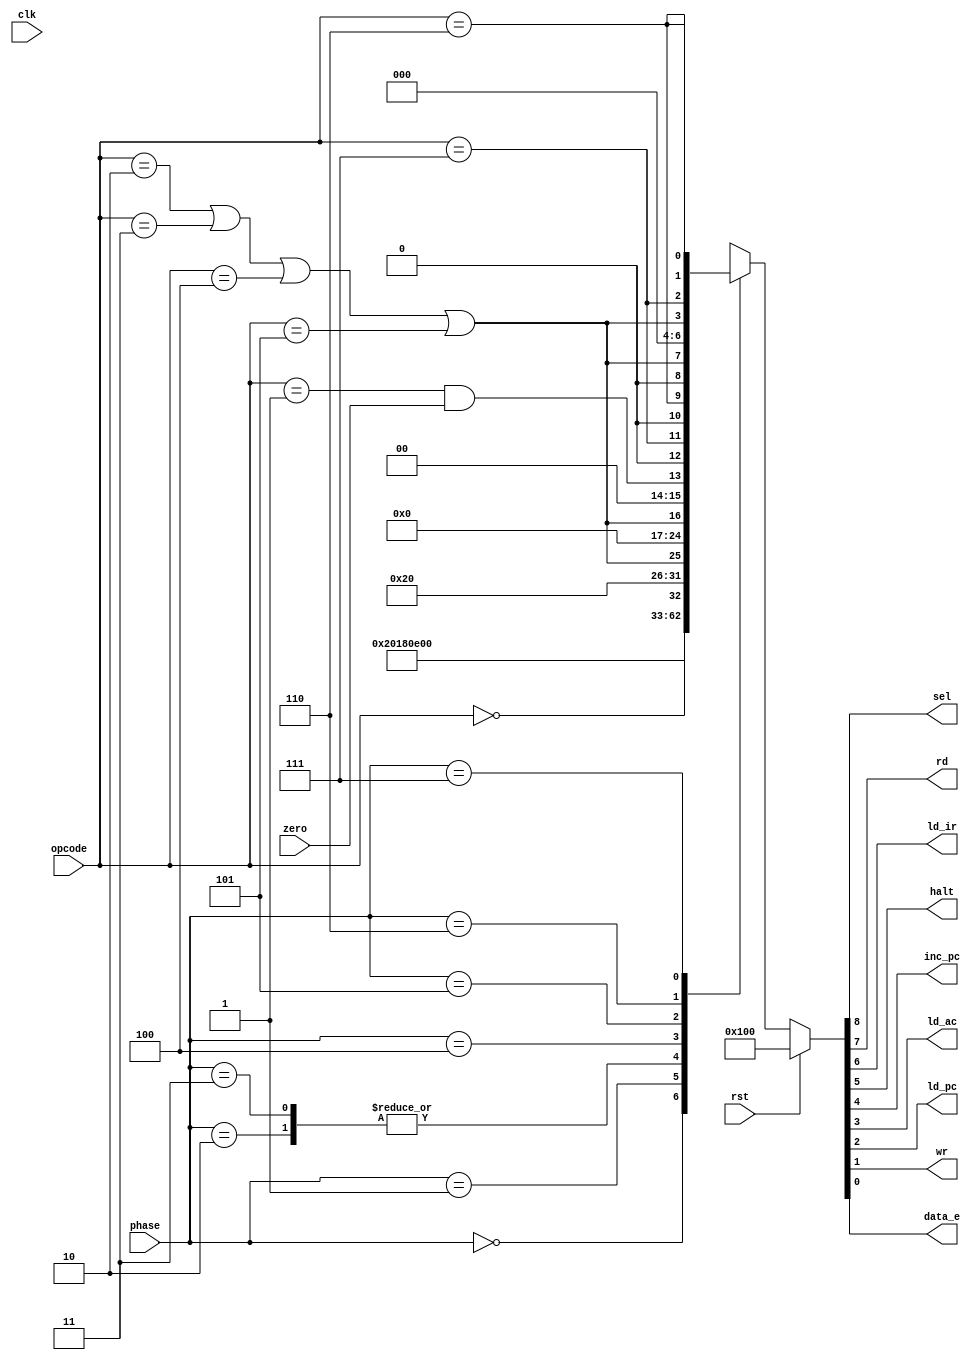
`default_nettype none
module controller (
    input wire zero, clk, rst,
    input wire [2:0] opcode, phase,
    output wire sel, rd, ld_ir, halt, inc_pc, ld_ac, ld_pc, wr, data_e
);
    reg [8:0] cont_out;
    reg HALT, ALUOP, JMP, STO, SKZ;
    assign {sel, rd, ld_ir, halt, inc_pc, ld_ac, ld_pc, wr, data_e} = cont_out;
    always@(*)begin
      HALT = (opcode == 0);
      SKZ = (opcode == 1);
      ALUOP = (opcode == 2 || opcode == 3 || opcode == 4 || opcode == 5);
      STO = (opcode == 6);
      JMP = (opcode == 7);
    end
    always@(*)begin
      if(rst)begin
        cont_out = 9'b1000_00000; //INST_ADDR
      end
      else begin
          case(phase)
            0: cont_out = 9'b1000_00000; //INST_ADDR
            1: cont_out = 9'b1100_00000; //INST_FETCH
            2: cont_out = 9'b1110_00000; //INST_LOAD
            3: cont_out = 9'b1110_00000; //IDLE
            4: cont_out = {3'b000, HALT, 5'b10000}; //OP_ADDR
            5: cont_out = {1'b0, ALUOP, 7'b000_0000}; //OP_FETCH
            6: cont_out = {1'b0, ALUOP, 2'b00, SKZ&zero, 1'b0, JMP, 1'b0, STO}; //ALU_OP
            7: cont_out = {1'b0, ALUOP, 3'b000, ALUOP, JMP, STO, STO}; //STORE
          endcase
      end
    end
endmodule